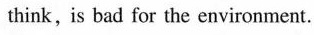
think, is bad for the environment.